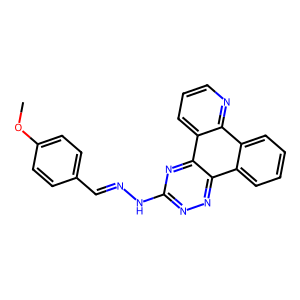
SMILES: COc1ccc(C=NNc2nnc3c4ccccc4c4ncccc4c3n2)cc1
Inhibits HIV replication: Yes